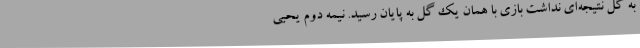
به گل نتیجه‌ای نداشت بازی با همان یک گل به پایان رسید. نیمه دوم یحیی